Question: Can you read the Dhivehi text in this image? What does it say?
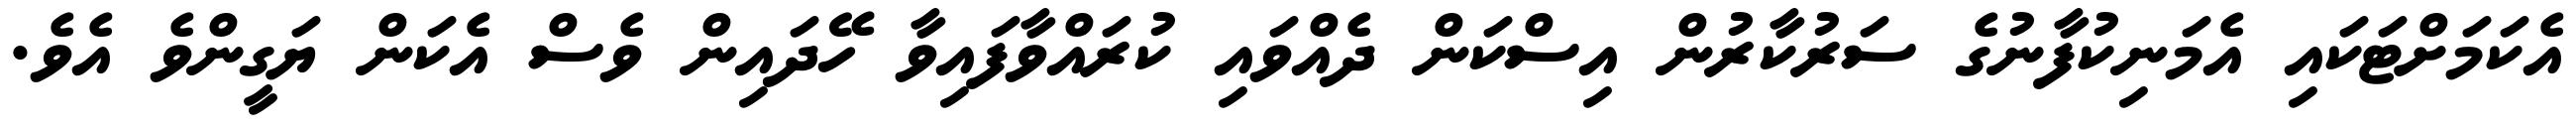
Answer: އެކަމަށްޓަކައި އެމަނިކުފާނުގެ ސަރުކާރުން އިސްކަން ދެއްވައި ކުރައްވާފައިވާ ހޭދައިން ވެސް އެކަން ޔަގީންވެ އެވެ.